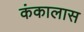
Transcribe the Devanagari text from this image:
कंकालास